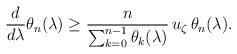
LaTeX: \begin{align*}\frac{d}{d\lambda}\theta_n(\lambda)\geq \frac{n}{\sum_{k=0}^{n-1}\theta_k(\lambda)}\,u_{\zeta}\,\theta_n(\lambda).\end{align*}